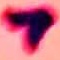
Text: 7